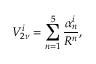
V _ { 2 \nu } ^ { i } = \sum _ { n = 1 } ^ { 5 } \frac { \alpha _ { n } ^ { i } } { R ^ { n } } ,